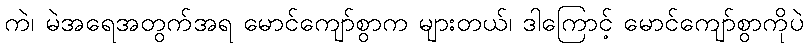
ကဲ၊ မဲအရေအတွက်အရ မောင်ကျော်စွာက များတယ်၊ ဒါကြောင့် မောင်ကျော်စွာကိုပဲ